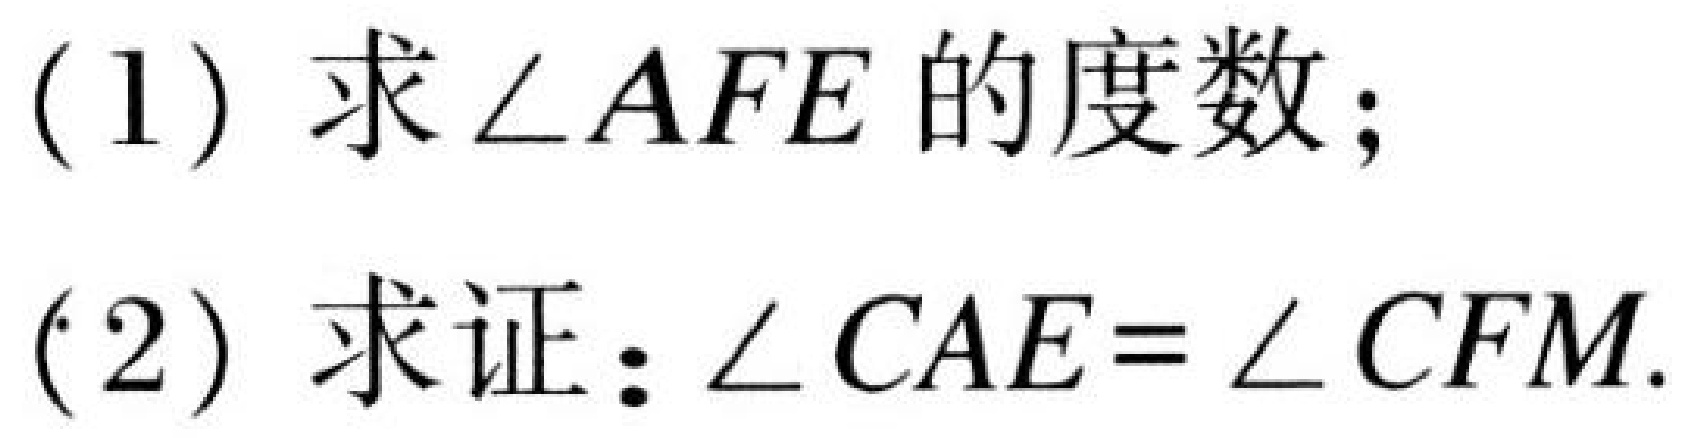
(1) 求\(\angle AFE\)的度数；
(2) 求证：\(\angle CAE = \angle CFM\).